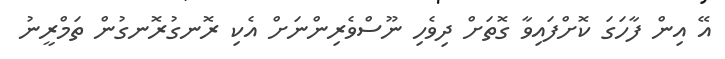
އޭ އިން ފާހަގަ ކޮށްފައިވާ ގޮތަށް ދިވެހި ނޫސްވެރިންނަށް އެކި ރޮނގުރޮނގުން ތަމްރީނު